Vaccination in Burma 1900-1911 - 1900-1911
Year: 1900
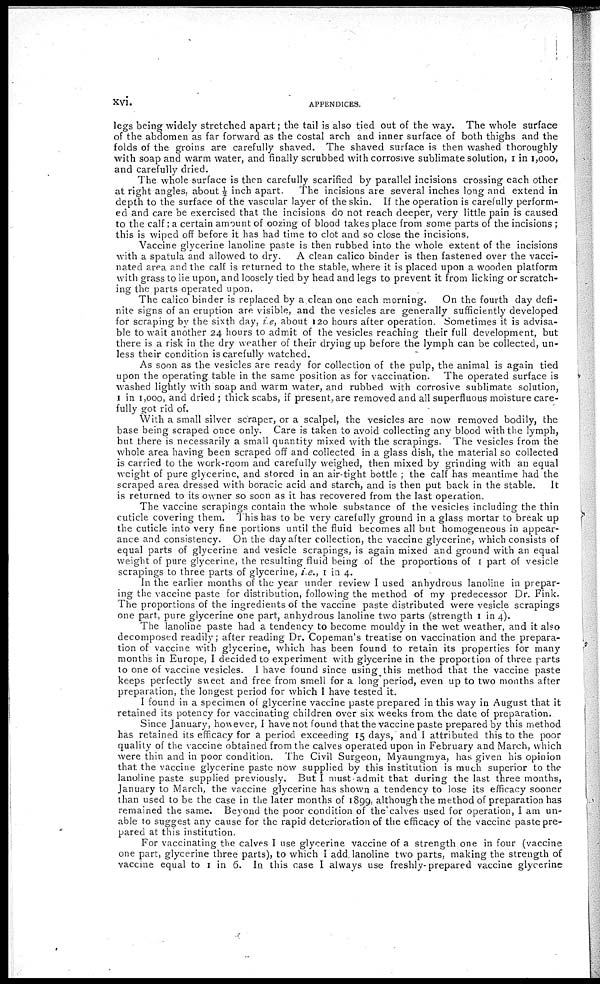
xvi.
APPENDICES.
legs being widely stretched apart; the tail is also tied out of the way. The whole surface
of the abdomen as far forward as the costal arch and inner surface of both thighs and the
folds of the groins are carefully shaved. The shaved surface is then washed thoroughly
with soap and warm water, and finally scrubbed with corrosive sublimate solution, 1 in 1,000,
and carefully dried.
The whole surface is then carefully scarified by parallel incisions crossing each other
at right angles about ½ inch apart.
The incisions are several inches long and extend in
depth to the surface of the vascular layer of the skin. If the operation is carefully perform-
ed and care be exercised that the incisions do not reach deeper, very little pain is caused
to the calf; a certain amount of oozing of blood takes place from some parts of the incisions ;
this is wiped off before it has had time to clot and so close the incisions.
Vaccine glycerine lanoline paste is then rubbed into the whole extent of the incisions
with a spatula and allowed to dry.
A clean calico binder is then fastened over the vacci-
nated area and the calf is returned to the stable, where it is placed upon a wooden platform
with grass to lie upon, and loosely tied by head and legs to prevent it from licking or scratch-
ing the parts operated upon.
The calico binder is replaced by a clean one each morning.
On the fourth day defi-
nite signs of an eruption are visible, and the vesicles are generally sufficiently developed
for scraping by the sixth day, i.e, about 120 hours after operation. Sometimes it is advisa-
ble to wait another 24 hours to admit of the vesicles reaching their full development, but
there is a risk in the dry weather of their drying up before the lymph can be collected, un-
less their condition is carefully watched.
As soon as the vesicles are ready for collection of the pulp, the animal is again tied
upon the operating table in the same position as for vaccination. The operated surface is
washed lightly with soap and warm water, and rubbed with corrosive sublimate solution,
1 in 1,000, and dried ; thick scabs, if present, are removed and all superfluous moisture care-
fully got rid of.
With a small silver scraper, or a scalpel, the vesicles are now removed bodily, the
base being scraped once only. Care is taken to avoid collecting any blood with the lymph,
but there is necessarily a small quantity mixed with the scrapings. The vesicles from the
whole area having been scraped off and collected in a glass dish, the material so collected
is carried to the work-room and carefully weighed, then mixed by grinding with an equal
weight of pure glycerine, and stored in an air-tight bottle ; the calf has meantime had the
scraped area dressed with boracic acid and starch, and is then put back in the stable.
It
is returned to its owner so soon as it has recovered from the last operation.
The vaccine scrapings contain the whole substance of the vesicles including the thin
cuticle covering them. This has to be very carefully ground in a glass mortar to break up
the cuticle into very fine portions until the fluid becomes all but homogeneous in appear-
ance and consistency. On the day after collection, the vaccine glycerine, which consists of
equal parts of glycerine and vesicle scrapings, is again mixed and ground with an equal
weight of pure glycerine, the resulting fluid being of the proportions of 1 part of vesicle
scrapings to three parts of glycerine, i.e., 1 in 4.
In the earlier months of the year under review I used anhydrous lanoline in prepar-
ing the vaccine paste for distribution, following the method of my predecessor Dr. Fink.
The proportions of the ingredients of the vaccine paste distributed were vesicle scrapings
one part, pure glycerine one part, anhydrous lanoline two parts (strength 1 in 4).
The lanoline paste had a tendency to become mouldy in the wet weather, and it also
decomposed readily; after reading Dr. Copeman's treatise on vaccination and the prepara-
tion of vaccine with glycerine, which has been found to retain its properties for many
months in Europe, I decided to experiment with glycerine in the proportion of three parts
to one of vaccine vesicles. I have found since using this method that the vaccine paste
keeps perfectly sweet and free from smell for a long period, even up to two months after
preparation, the longest period for which I have tested it.
I found in a specimen of glycerine vaccine paste prepared in this way in August that it
retained its potency for vaccinating children over six weeks from the date of preparation.
Since January, however, I have not found that the vaccine paste prepared by this method
has retained its efficacy for a period exceeding 15 days, and I attributed this to the poor
quality of the vaccine obtained from the calves operated upon in February and March, which
were thin and in poor condition. The Civil Surgeon, Myaungmya, has given his opinion
that the vaccine glycerine paste now supplied by this institution is much superior to the
lanoline paste supplied previously. But I must admit that during the last three months,
January to March, the vaccine glycerine has shown a tendency to lose its efficacy sooner
than used to be the case in the later months of 1899, although the method of preparation has
remained the same. Beyond the poor condition of the calves used for operation, I am un-
able to suggest any cause for the rapid deterioration of the efficacy of the vaccine paste pre-
pared at this institution.
For vaccinating the calves I use glycerine vaccine of a strength one in four (vaccine
one part, glycerine three parts), to which I add lanoline two parts, making the strength of
vaccine equal to 1 in 6. In this case I always use freshly-prepared vaccine glycerine